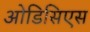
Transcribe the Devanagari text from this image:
ओडिसिएस